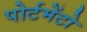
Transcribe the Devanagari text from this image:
पोर्टमेंटो